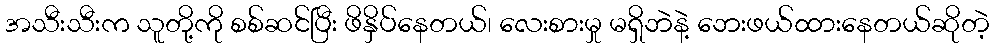
အသီးသီးက သူတို့ကို စစ်ဆင်ပြီး ဖိနှိပ်နေတယ်၊ လေးစားမှု မရှိဘဲနဲ့ ဘေးဖယ်ထားနေတယ်ဆိုတဲ့